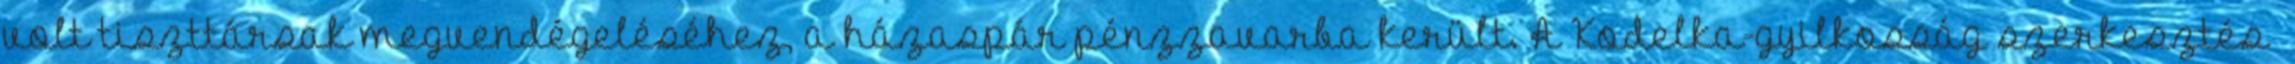
volt tiszttársak megvendégeléséhez, a házaspár pénzzavarba került. A Kodelka-gyilkosság szerkesztés